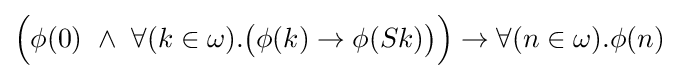
{\Big (}\phi (0)\ \land \ \forall (k\in \omega ).{\big (}\phi (k)\to \phi (Sk){\big )}{\Big )}\to \forall (n\in \omega ).\phi (n)